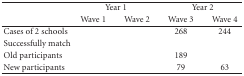
<table><thead><tr><td rowspan="2">[EMPTY_CELL]</td><td colspan="2"><b>Year 1</b></td><td colspan="2"><b>Year 2</b></td></tr><tr><td><b>Wave 1</b></td><td><b>Wave 2</b></td><td><b>Wave 3</b></td><td><b>Wave 4</b></td></tr></thead><tbody><tr><td>Cases of 2 schools</td><td>[EMPTY_CELL]</td><td>[EMPTY_CELL]</td><td>268</td><td>244</td></tr><tr><td>Successfully match</td><td>[EMPTY_CELL]</td><td>[EMPTY_CELL]</td><td>[EMPTY_CELL]</td><td>[EMPTY_CELL]</td></tr><tr><td>Old participants</td><td>[EMPTY_CELL]</td><td>[EMPTY_CELL]</td><td>189</td><td>[EMPTY_CELL]</td></tr><tr><td>New participants</td><td>[EMPTY_CELL]</td><td>[EMPTY_CELL]</td><td> 79</td><td> 63</td></tr></tbody></table>